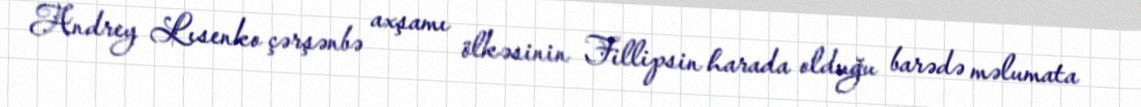
Andrey Lısenko çərşənbə axşamı ölkəsinin Fillipsin harada olduğu barədə məlumata